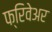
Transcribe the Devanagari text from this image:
फ्रिवेअर